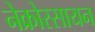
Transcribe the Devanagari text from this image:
नेक्रोरसायन